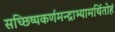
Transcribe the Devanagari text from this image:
सच्छिष्यकर्णमन्द्राभ्यामर्थितोहं